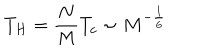
T _ { H } = \frac { N } { M } T _ { c } \sim M ^ { - \frac { 1 } { 6 } }